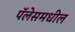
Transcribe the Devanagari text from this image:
पॅलेसमधील